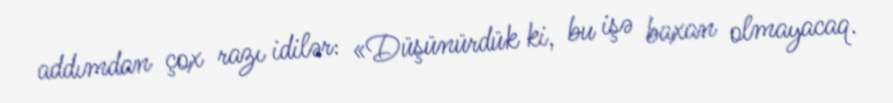
addımdan çox razı idilər: «Düşünürdük ki, bu işə baxan olmayacaq.